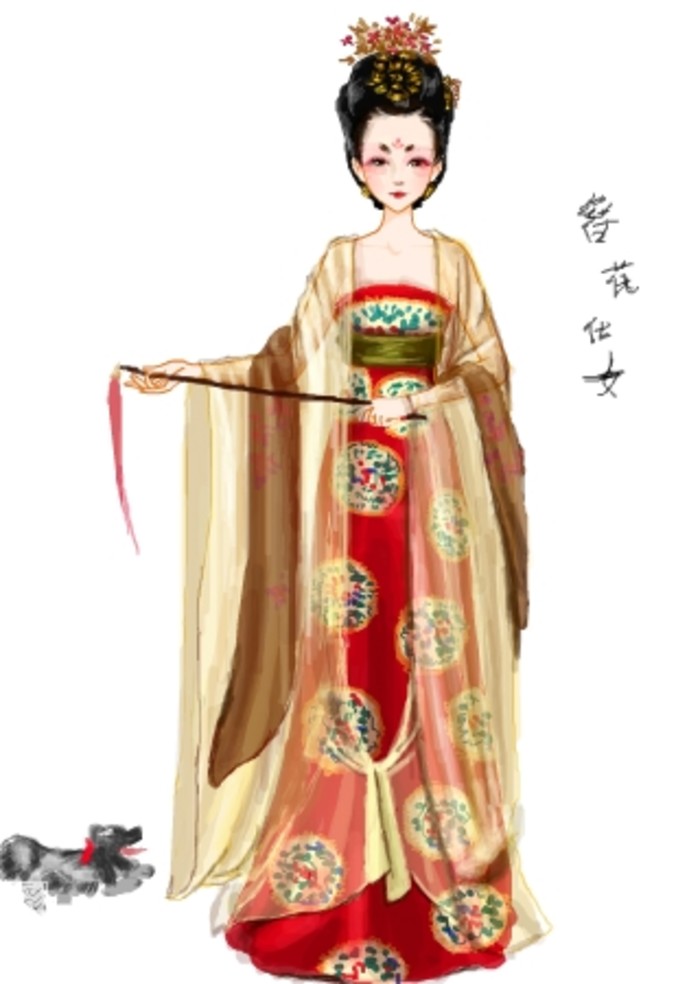
云鬓花颜金步摇，芙蓉帐暖度春宵。